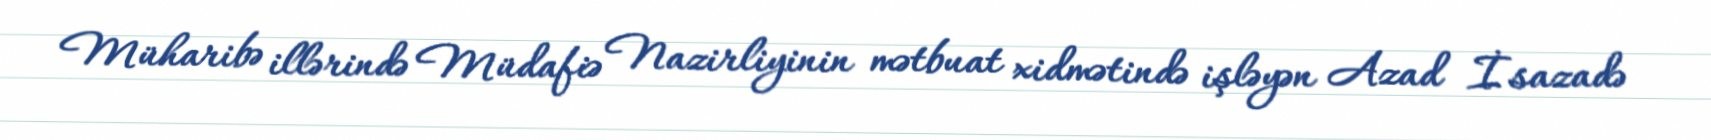
Müharibə illərində Müdafiə Nazirliyinin mətbuat xidmətində işləyən Azad İsazadə